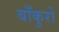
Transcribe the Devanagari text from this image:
बाँकुरो